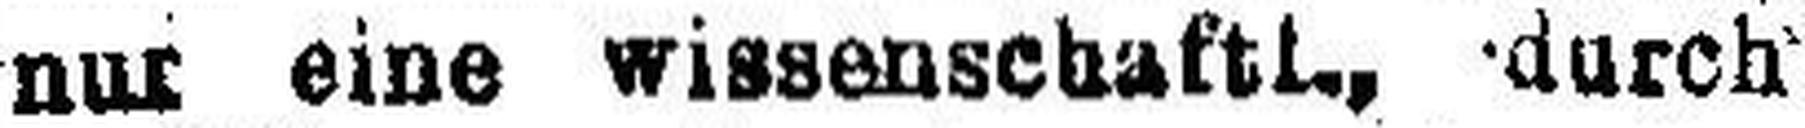
nur eine wissenschaftl., durch